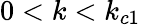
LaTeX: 0<k<k_{c1}